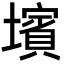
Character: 𡒨